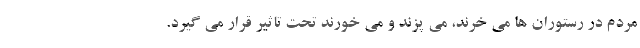
مردم در رستوران ها می خرند، می پزند و می خورند تحت تاثیر قرار می گیرد.